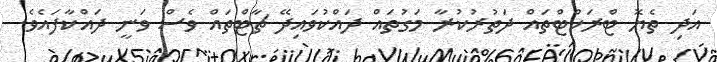
އަދި ތެޔޮ ޓްރަކްޓްތައް ދަތުރުކުރާ މަގުތައް ދައްކުވައިދޭ ޗާޓްތައް ވެސް ވަނީ ދައްކާފައެވެ.